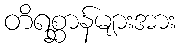
တိရစ္ဆာန်များအား